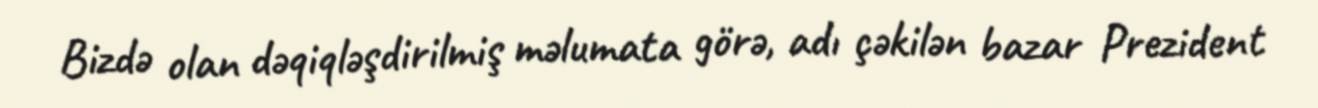
Bizdə olan dəqiqləşdirilmiş məlumata görə, adı çəkilən bazar Prezident